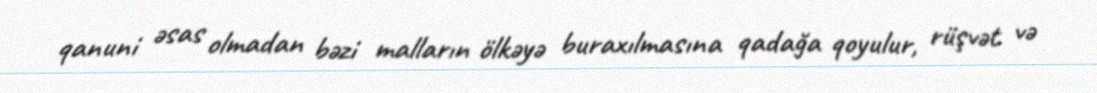
qanuni əsas olmadan bəzi malların ölkəyə buraxılmasına qadağa qoyulur, rüşvət və